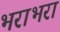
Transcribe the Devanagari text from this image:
भराभरा